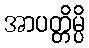
အာပတ္တိမ္ပိ